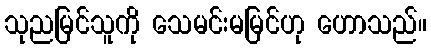
သုညမြင်သူကို သေမင်းမမြင်ဟု ဟောသည်။